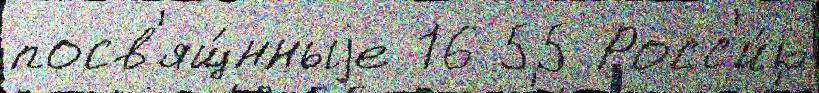
посв'ящ́нныjе 16 55 Росс'и́ю